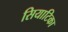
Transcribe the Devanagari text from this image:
सियाटिका